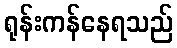
ရုန်းကန်နေရသည်